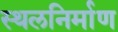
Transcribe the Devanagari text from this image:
स्थलनिर्माण